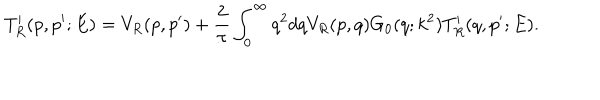
T _ { R } ^ { \prime } ( p , p ^ { \prime } ; E ) = V _ { R } ( p , p ^ { \prime } ) + \frac 2 \pi \int _ { 0 } ^ { \infty } { q ^ { 2 } d q { V _ { R } ( p , q ) } G _ { 0 } ( q ; k ^ { 2 } ) T _ { R } ^ { \prime } ( q , p ^ { \prime } ; E ) } .